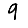
Digit: 9